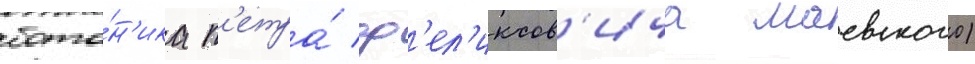
бота́н'ика п'етра́ ф'ел'иксов'ича маевского)